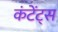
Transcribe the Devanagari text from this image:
कंटेंट्स